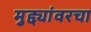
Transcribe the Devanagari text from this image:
मुद्द्यांवरचा